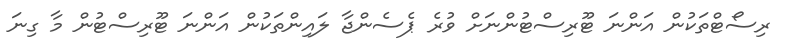
ރިސޯޓްތަކުން އަންނަ ޓޫރިސްޓުންނަށް ވުރެ ޕެސެންޖާ ލައިންތަކުން އަންނަ ޓޫރިސްޓުން މާ ގިނަ